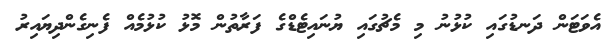
އެވަޓަން ދަނޑުގައި ކުޅުނު މި މެޗުގައި ޔުނައިޓެޑްގެ ފަރާތުން މޮޅު ކުޅުމެއް ފެނިގެންދިޔައިރު